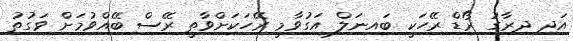
އަދި ދިރާގު ރޯޑް ރޭހަކީ ބައިނަލް އަގުވާމީ ރޭހަކަށްވާތީ ރޭސް ބޭއްވުމަށް ވަގުތު